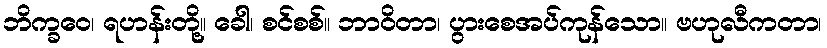
ဘိက္ခဝေ၊ ရဟန်းတို့။ ခေါ၊ စင်စစ်။ ဘာဝိတာ၊ ပွားစေအပ်ကုန်သော။ ဗဟုလီကတာ၊